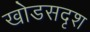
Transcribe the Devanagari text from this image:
खोडसदृश